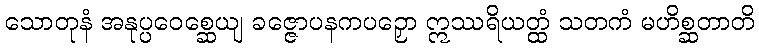
သောတုနံ အနုပ္ပဝေစ္ဆေယျ ခဇ္ဇောပနကပဉှော ဣဿရိယတ္ထံ သတကံ မဟိစ္ဆတာတိ